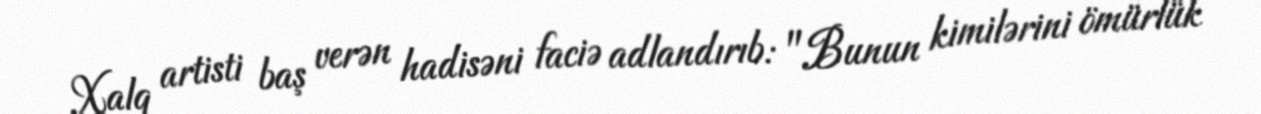
Xalq artisti baş verən hadisəni faciə adlandırıb: "Bunun kimilərini ömürlük